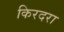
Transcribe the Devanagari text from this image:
किरदरा